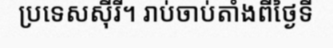
ប្រទេសស៊ីរី។ រាប់ចាប់តាំងពីថ្ងៃទី